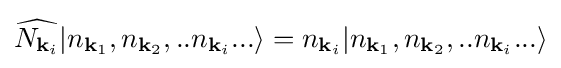
{\widehat {N_{{\mathbf {k} }_{i}}}}|n_{{\mathbf {k} }_{1}},n_{{\mathbf {k} }_{2}},..n_{{\mathbf {k} }_{i}}...\rangle =n_{{\mathbf {k} }_{i}}|n_{{\mathbf {k} }_{1}},n_{{\mathbf {k} }_{2}},..n_{{\mathbf {k} }_{i}}...\rangle